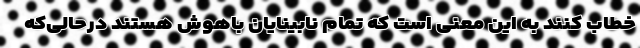
خطاب کنند به این معنی است که تمام نابینایان باهوش هستند درحالی‌که